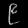
Digit: ၉